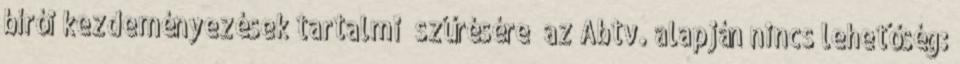
bírói kezdeményezések tartalmi „szűrésére” az Abtv. alapján nincs lehetőség: